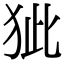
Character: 𤝭